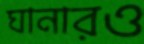
ঘানারও